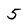
Character: 5